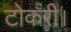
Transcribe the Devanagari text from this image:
टोकरी।